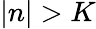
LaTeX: |n|>K